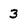
Character: 3